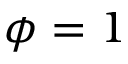
\phi = 1